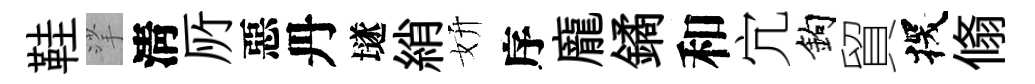
鞋挲淸𠩄惡丹𡑞綃妍序龐鐍和宂鈎貿探翛